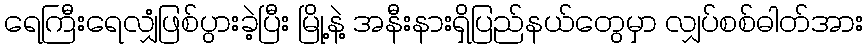
ရေကြီးရေလျှံဖြစ်ပွားခဲ့ပြီး မြို့နဲ့ အနီးနားရှိပြည်နယ်တွေမှာ လျှပ်စစ်ဓါတ်အား